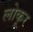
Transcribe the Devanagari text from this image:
लोकूर